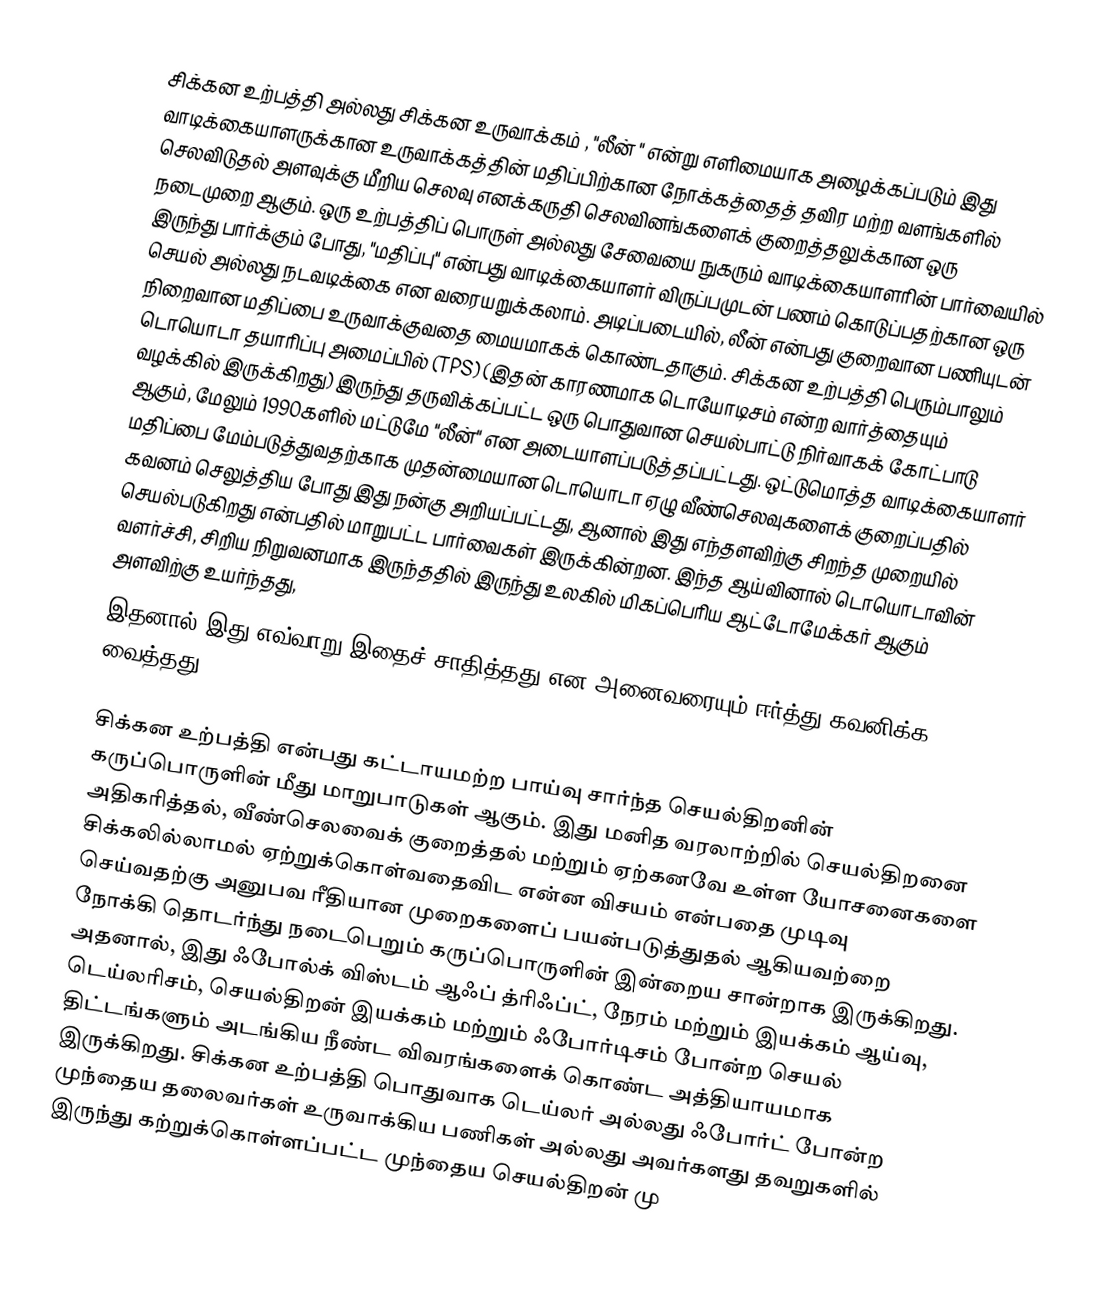
சிக்கன உற்பத்தி அல்லது சிக்கன உருவாக்கம் , "லீன் " என்று எளிமையாக அழைக்கப்படும் இது வாடிக்கையாளருக்கான உருவாக்கத்தின் மதிப்பிற்கான நோக்கத்தைத் தவிர மற்ற வளங்களில் செலவிடுதல் அளவுக்கு மீறிய செலவு எனக்கருதி செலவினங்களைக் குறைத்தலுக்கான ஒரு நடைமுறை ஆகும். ஒரு உற்பத்திப் பொருள் அல்லது சேவையை நுகரும் வாடிக்கையாளரின் பார்வையில் இருந்து பார்க்கும் போது, "மதிப்பு" என்பது வாடிக்கையாளர் விருப்பமுடன் பணம் கொடுப்பதற்கான ஒரு செயல் அல்லது நடவடிக்கை என வரையறுக்கலாம். அடிப்படையில், லீன் என்பது குறைவான பணியுடன் நிறைவான மதிப்பை உருவாக்குவதை மையமாகக் கொண்டதாகும். சிக்கன உற்பத்தி பெரும்பாலும் டொயொடா தயாரிப்பு அமைப்பில் (TPS) (இதன் காரணமாக டொயோடிசம் என்ற வார்த்தையும் வழக்கில் இருக்கிறது) இருந்து தருவிக்கப்பட்ட ஒரு பொதுவான செயல்பாட்டு நிர்வாகக் கோட்பாடு ஆகும், மேலும் 1990களில் மட்டுமே "லீன்" என அடையாளப்படுத்தப்பட்டது. ஒட்டுமொத்த வாடிக்கையாளர் மதிப்பை மேம்படுத்துவதற்காக முதன்மையான டொயொடா ஏழு வீண்செலவுகளைக் குறைப்பதில் கவனம் செலுத்திய போது இது நன்கு அறியப்பட்டது, ஆனால் இது எந்தளவிற்கு சிறந்த முறையில் செயல்படுகிறது என்பதில் மாறுபட்ட பார்வைகள் இருக்கின்றன. இந்த ஆய்வினால் டொயொடாவின் வளர்ச்சி, சிறிய நிறுவனமாக இருந்ததில் இருந்து உலகில் மிகப்பெரிய ஆட்டோமேக்கர் ஆகும் அளவிற்கு உயர்ந்தது,
இதனால் இது எவ்வாறு இதைச் சாதித்தது என அனைவரையும் ஈர்த்து கவனிக்க வைத்தது.

சிக்கன உற்பத்தி என்பது கட்டாயமற்ற பாய்வு சார்ந்த செயல்திறனின் கருப்பொருளின் மீது மாறுபாடுகள் ஆகும். இது மனித வரலாற்றில் செயல்திறனை அதிகரித்தல், வீண்செலவைக் குறைத்தல் மற்றும் ஏற்கனவே உள்ள யோசனைகளை சிக்கலில்லாமல் ஏற்றுக்கொள்வதைவிட என்ன விசயம் என்பதை முடிவு செய்வதற்கு அனுபவ ரீதியான முறைகளைப் பயன்படுத்துதல் ஆகியவற்றை நோக்கி தொடர்ந்து நடைபெறும் கருப்பொருளின் இன்றைய சான்றாக இருக்கிறது. அதனால், இது ஃபோல்க் விஸ்டம் ஆஃப் த்ரிஃப்ட், நேரம் மற்றும் இயக்கம் ஆய்வு, டெய்லரிசம், செயல்திறன் இயக்கம் மற்றும் ஃபோர்டிசம் போன்ற செயல் திட்டங்களும் அடங்கிய நீண்ட விவரங்களைக் கொண்ட அத்தியாயமாக இருக்கிறது. சிக்கன உற்பத்தி பொதுவாக டெய்லர் அல்லது ஃபோர்ட் போன்ற முந்தைய தலைவர்கள் உருவாக்கிய பணிகள் அல்லது அவர்களது தவறுகளில் இருந்து கற்றுக்கொள்ளப்பட்ட முந்தைய செயல்திறன் மு